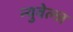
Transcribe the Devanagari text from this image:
न्युवेल्ज